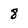
Character: 8